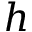
h